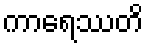
ကာရေဿတိ